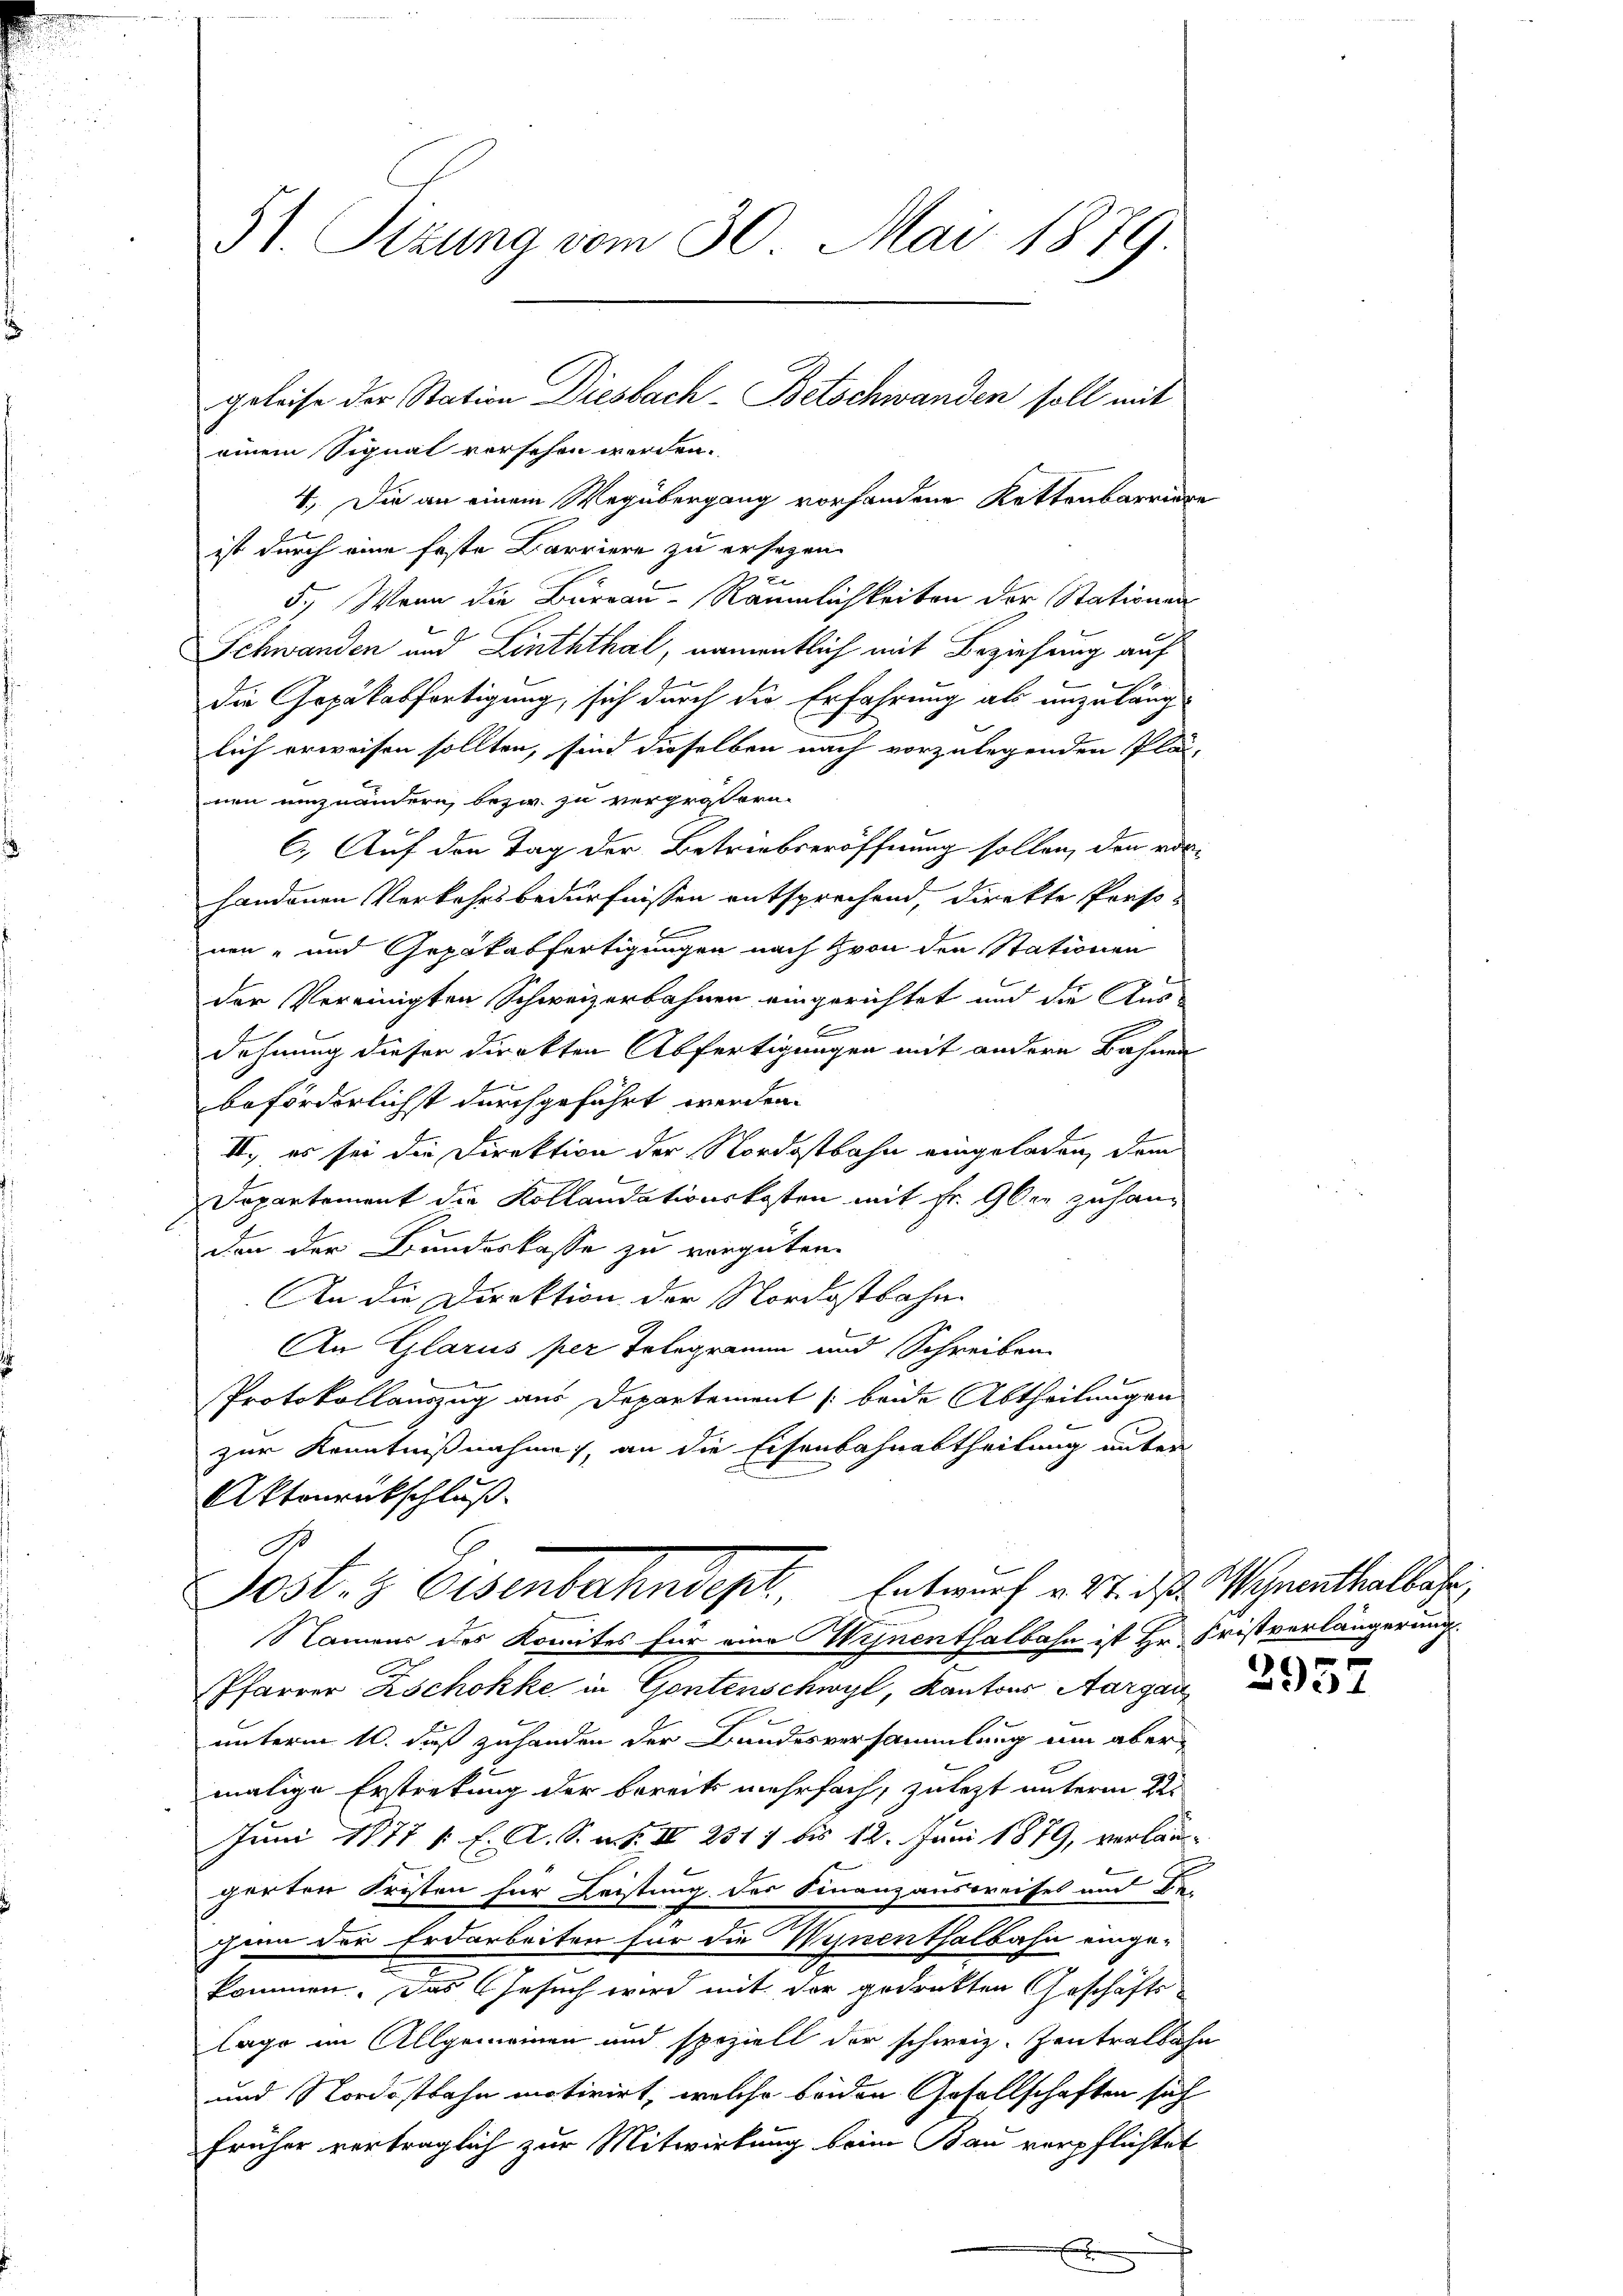
51. Sizung vom 30. Mai 1879.
geleise der Station Diesbach. Betschwanden soll mit
einem Signal versehen werden.

4. Die an einem Wegübergang vorhandene Kettenbarriere
ist durch eine feste Barriere zu ersehen
u
5.) Wenn die Bureau-Räumlichkeiten der Stationen
Schwanden und Linththal, namentlich mit Beziehung auf
2
u
die Gepäkasfortigung, sich durch die Erfahrung als unzulänglich erweisen sollten, sind dieselben nach vorzulegenden Plä-
nen einzuändern, bezw. zu vergrößern.
C.) Auf den Tag der Betriebseröffnung sollen, den aus-
handenen Verkehrsbedürfnissen entsprechend, direkte Perso-
nen- und Gepokabfertigungen nach von den Stationen
der Vereinigten Schweizerbahnen eingerichtet und die Aus-
Bern
dehnung dieser Direkten Abfertigungen mit andern Bahnen
beförderlichst durchgeführt werden.
II., es sei die Direktion der Nordostbahn eingeladen, dem
Departement die Kollaudationskosten mit Fr. 9ber zu handen der Bundeskasse zu vergüten.
An die Direktion der Nordostbahn-
An Glarus per Telegramm und Schreiben
Protokollauszug aus Departement beide Abtheilungen
zur Kenntnißnahme, an die Eisenbahnabtheilung unter
Aktenrückschluß
G
Sost. 3 Eisenbahndept, Entwurf v. Wider Verenthalbahr
Namens des Komites für eine Wynenthalbahn ist Hr. Fristverlängerung
.
Pfarrer Aschokke in Gontenschwyl, Kantons Aargau
unterm 10. daß zuhanden der Bundesversammlung um aber
malige Erstretung der bereits mehrfach, zuletzt unterm 22s
Juni 18771 f. A. S. m. S. II 2317 bis 12. Juni 1879, verläu-
gerten Fristen für Leistung der Finanzausweises und Be-
gum der Erdarbeiten für die Winenthalbahn einge-
kommen. Das Gesuch wird mit der gedankten Geschäfts-
lage im Allgemeinen und speziell der schweiz. Zentralbahn
und Nordostbahn motivirt, welche beiden Gesellschaften sich
früher verträglich zur Mitwirkung beim Bau verpflichtet

2957